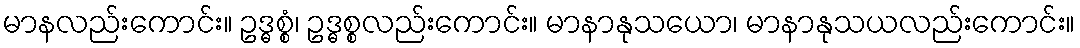
မာနလည်းကောင်း။ ဥဒ္ဓစ္စံ၊ ဥဒ္ဓစ္စလည်းကောင်း။ မာနာနုသယော၊ မာနာနုသယလည်းကောင်း။